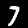
Digit: 7